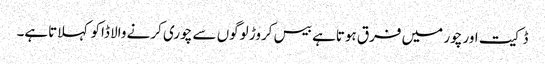
ڈکیت اور چور میں فرق ہوتاہے بیس کروڑ لوگوں سے چوری کرنے والا ڈاکو کہلاتاہے۔